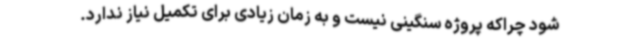
شود چراکه پروژه‌ سنگینی نیست و به زمان زیادی برای تکمیل نیاز ندارد.